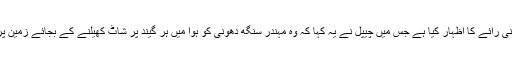
ہربھجن سنگھ نے چیپل کے اس بیان پر اپنی رائے کا اظہار کیا ہے جس میں چیپل نے یہ کہا کہ وہ مہندر سنگھ دھونی کو ہوا میں ہر گیند پر شاٹ کھیلنے کے بجائے زمین پر شاٹ کھیلنے کا مشورہ دیا کرتے تھے ۔